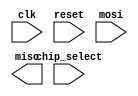
module spi_master (
    input wire clk,
    input wire reset,
    input wire chip_select,
    input wire mosi,
    output reg miso
);

reg [7:0] data_buffer;
reg [2:0] state;
reg clock_signal;

// Control block
always @(posedge clk) begin
    if (reset) begin
        state <= 0;
    end else begin
        case(state)
            // Add cases for different communication states
            // e.g. state = 0: idle, state = 1: transmit, state = 2: receive
        endcase
    end
end

// Data buffer block
always @(posedge clk) begin
    if (reset) begin
        data_buffer <= 8'h00;
    end else begin
        if (state == 1) begin // transmit state
            // Write data to data buffer from external device
        end
        if (state == 2) begin // receive state
            // Read data from data buffer to external device
        end
    end
end

// State machine block

// Clock generator block
always @ (posedge clk) begin
    if (reset) begin
        clock_signal <= 0;
    end else begin
        // Generate clock signals for SPI communication
    end
end

// Shift register block

// Data transfer block

// Add additional functionality as needed for SPI communication

endmodule